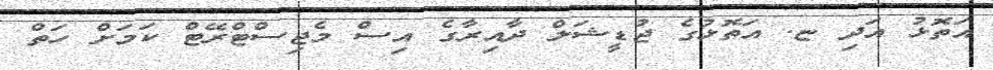
އަތޮޅު އަދި ޏ. އަތޮޅުގެ ޖުޑީޝަލް ދާއިރާގެ އިސް މެޖިސްޓްރޭޓް ކަމަށް ހަތް